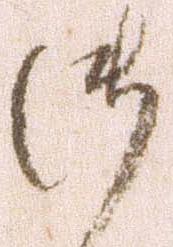
御